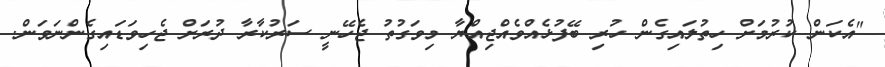
"އެކަން ކުރުމަށް ހިތުލައިގެން ހުރި ބޭފުޅެއްވެއްޖިއްޔާ މިވަގުތު ޖެހޭނީ ސަރުކާރާ ދުރަށް ޖެހިވަޑައިގެންނަވަން.